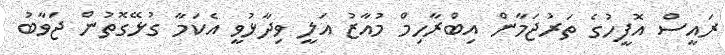
ރައީސް އޮފީހުގެ ތަރުޖަމާން އިބްރާހިމް މުއާޒު އަލީ ވިދާޅުވީ އެކަމާ ގުޅޭގޮތުން ޖަވާބު